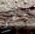
منظم